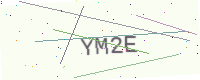
Text: YM2E